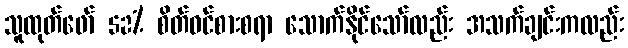
သူထုတ်ဖော် 52% စိတ်ဝင်စားစရာ သောက်နိုင်သော်လည်း အသက်ချင်းကလည်း